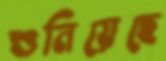
শুনিয়েছে